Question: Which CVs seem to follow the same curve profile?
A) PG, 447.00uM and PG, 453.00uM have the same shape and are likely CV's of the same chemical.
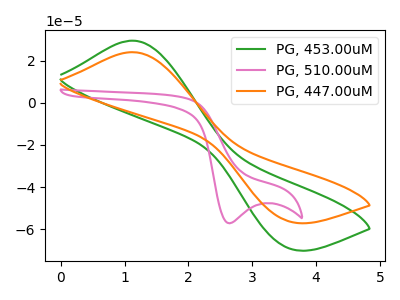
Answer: <think>The green curve "PG, 453.00uM" has an anodic peak at (1.10V, 29.45uA) and a cathodic peak at (3.55V, -68.95uA). The pink curve "PG, 510.00uM" has a cathodic peak at: (2.65V, -57.20uA). The orange curve "PG, 447.00uM" has an anodic peak at (1.10V, 24.00uA) and a cathodic peak at (3.55V, -56.15uA).
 "PG, 453.00uM" and "PG, 510.00uM" have a different number of peaks. All the peaks in "PG, 453.00uM" have a peak in "PG, 447.00uM" at the same potential. Every peak in "PG, 453.00uM" is higher than every peak in "PG, 447.00uM". "PG, 510.00uM" and "PG, 447.00uM" have a different number of peaks.</think>
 <answer>A) "PG, 447.00uM" and "PG, 453.00uM" have the same shape and are likely CV's of the same chemical.</answer>
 <eval>A</eval>